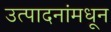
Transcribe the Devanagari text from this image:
उत्पादनांमधून